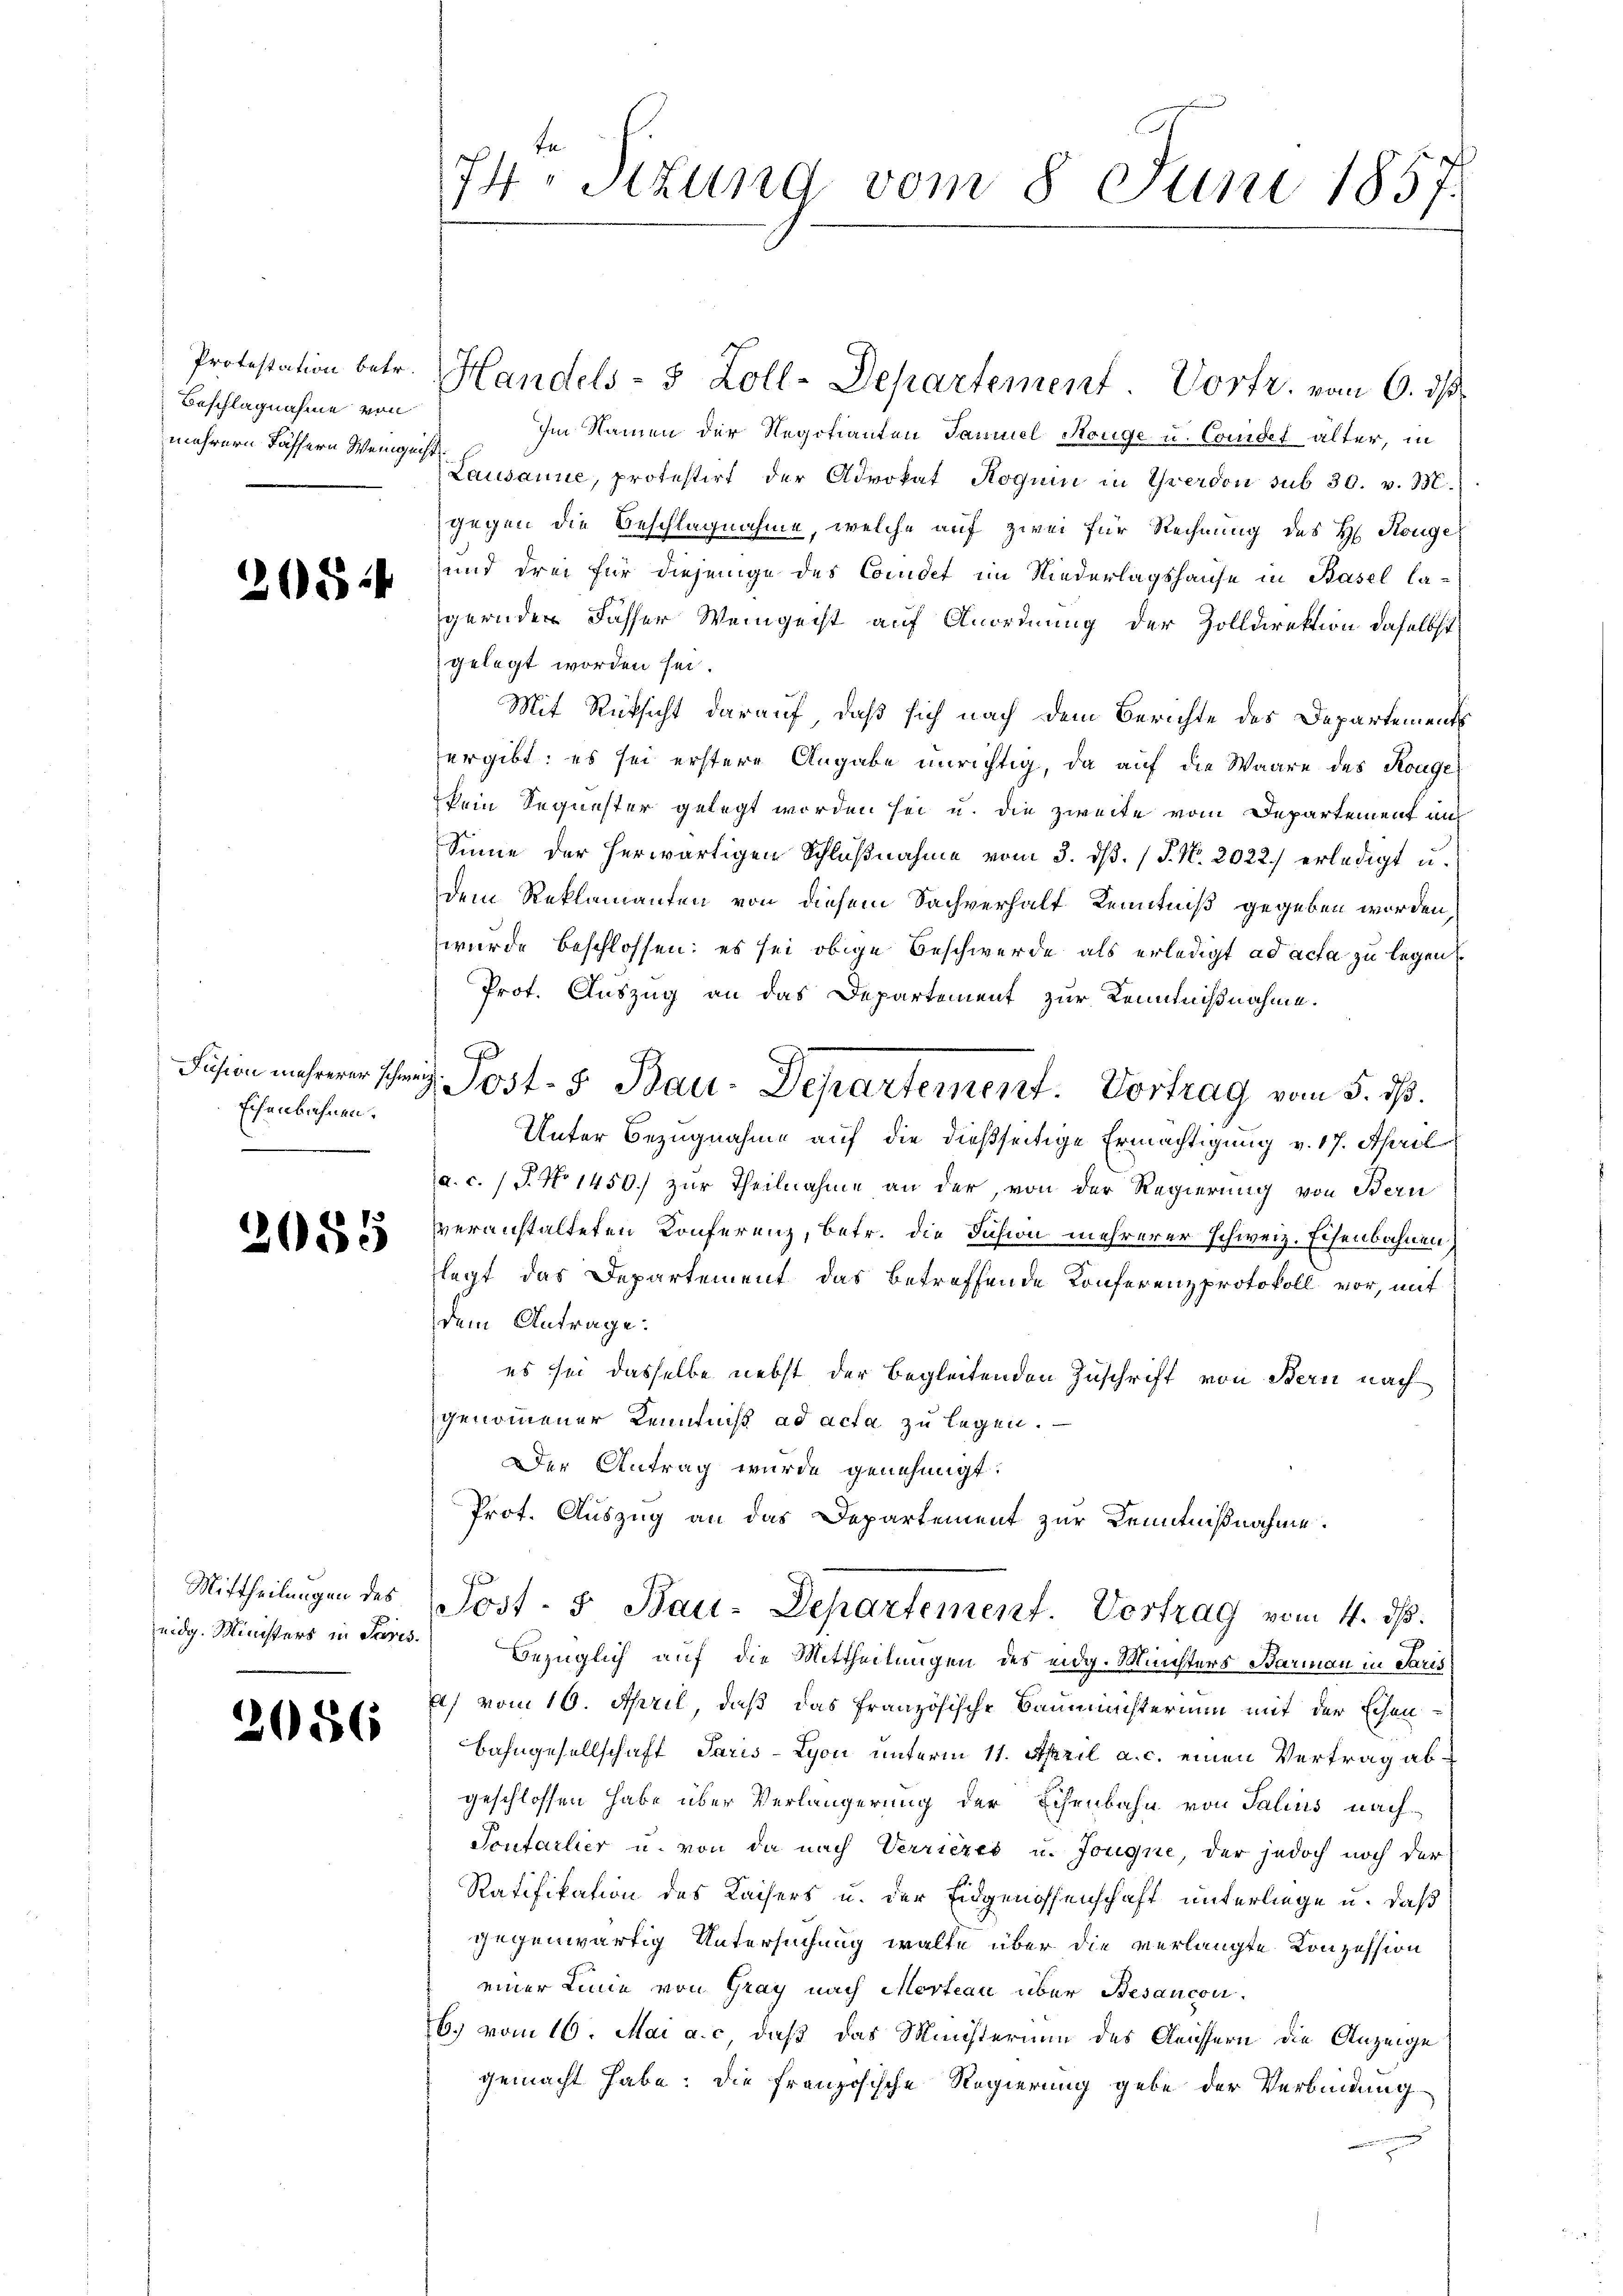
Protestation betr.
Beschlagnahme von
mehrere Fässern Weigen

)

52

Fusion mehrerer schwe¬
Eisenbahnen.
¬

2085

Mittheilungen des
eidg. Ministers in Paris.

2686

74. Stund vom 8. Juni 1857.

Handels- 5 Zoll-Departement Vortr. vom 6. ds
Im Namen der Regotianten Samuel Kouge u. Cadet älter, in
Lausanne, protestirt der Advokat Hoquin in Yverdon sub 30. v. M.
gegen die Beschlagnahme, welche auf zwei für Rechnung des H. Konge
und drei für diejenige des Comdet im Niederlagshause in Basel la-
gernden dasser Weingeist auf Anordnung der Zolldirektion daselbst
gelegt worden sei.
Mit Rücksicht darauf, daß sich nach dem Berichte des Departements
ergibt: es sei erstere Angabe unrichtig, da auf die Waare des Konge
kein Sequester gelegt worden sei u. die zweite vom Departement auf
Sinne der herwärtigen Schlŭβnahme vom 3. ds. (T. No. 2022.) erledigt u.
dem Reklamanten von diesem Sachverhalt Kenntniß gegeben worden,
wurde beschlossen: es sei obige Beschwerde als erledigt ad acta zu legen
Prot. Auszug an das Departement zur Kenntnißnahme.
Unter Bezugnahme auf die dießseitige Ermächtigung v. 17. April
a. c. 1 P. No 1450. zur Theilnahme an der, von der Regierung von Bern
veranstalteten Konferenz, betr. die Fusion mehrerer schweiz. Eisenbahnen
legt das Departement das betreffende Konferenzprotokoll vor, mit
dem Antrage:
es sei dasselbe nebst der Begleitenden Zuschrift von Bern nach
genommener Kenntniß ad acta zu legen.
Der Antrag wurde genehmigt.
Prot. Auszug an das Departement zur Kenntnißnahme.
Post- & Bau-Departement Vortrag vom 4. d.
bezüglich auf die Mittheilungen des eidg. Münsters Barmann in Paris
a) vom 16. April, daß das französische Baumachterium mit der Eisen¬
Bahngesellschaft Paris - Lyon unterm 11. April a. c. einen Vertrag abgeschlossen habe über Verlängerung der Eisenbahn von Talius nach
Sontarlier u. von da nach Verriezes u. Jougne, der jedoch noch der
Ratifikation des Kaisers u. der Eidgenossenschaft unterliege u. daß
gegenwärtig Untersuchung walte über die verlangte Konzession
einer Linie von Gray nach Marteau über Besancon
6.) vom 16. Mai a. c. daß das Ministerium des Geistern die Anzeige
gemacht habe. Die französische Regierung gebe der Verbindung

z. Post- 5. Bau-Departement. Vortrag vom 5. ds.